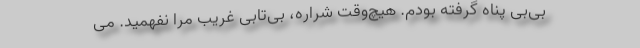
بی‌بی پناه گرفته بودم. هیچ‌وقت شراره، بی‌تابی غریب مرا نفهمید. می